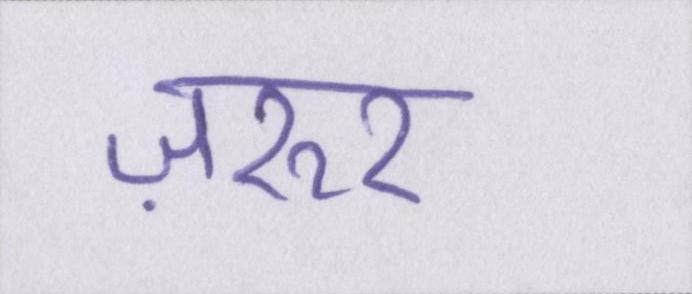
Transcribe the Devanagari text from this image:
ज़रूर